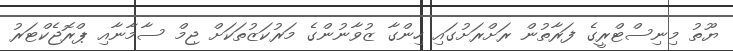
ޔޫތު މިނިސްޓްރީގެ ފަރާތުން ރަށްރަށުގައި ހިންގާ ޒުވާނުންގެ މަރުކަޒުތަކަށް ޖިމް ސާމާނާއި ޕްރޮޖެކްޓަރު